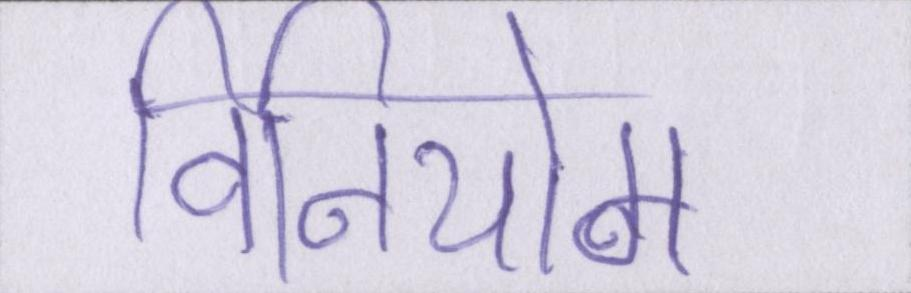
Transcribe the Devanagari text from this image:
विनियोग